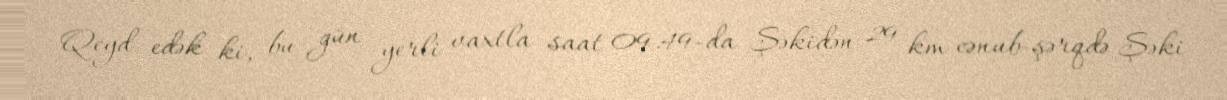
Qeyd edək ki, bu gün yerli vaxtla saat 09.49-da Şəkidən 29 km cənub-şərqdə Şəki